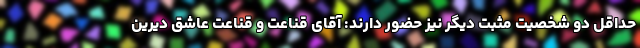
حداقل دو شخصيت مثبت ديگر نيز حضور دارند: آقای قناعت و قناعت عاشق ديرين